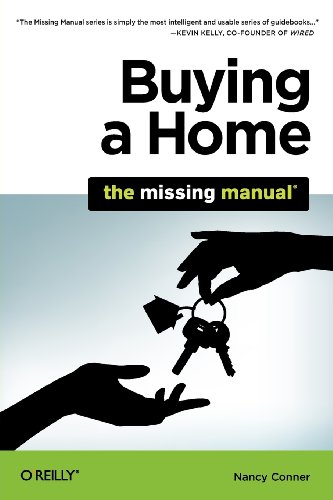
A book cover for Buying a Home: The Missing Manual; Nancy Conner; Business & Money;